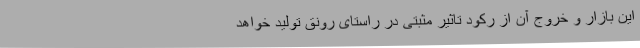
این بازار و خروج آن از رکود تاثیر مثبتی در راستای رونق تولید خواهد